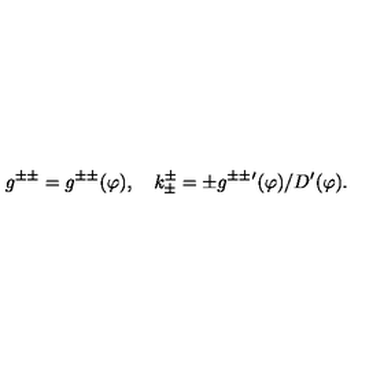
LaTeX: g ^ { \pm \pm } = g ^ { \pm \pm } ( \varphi ) , \quad k _ { \pm } ^ { \pm } = \pm g ^ { \pm \pm } { } ^ { \prime } ( \varphi ) / D ^ { \prime } ( \varphi ) .